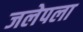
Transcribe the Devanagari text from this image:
जलेपला